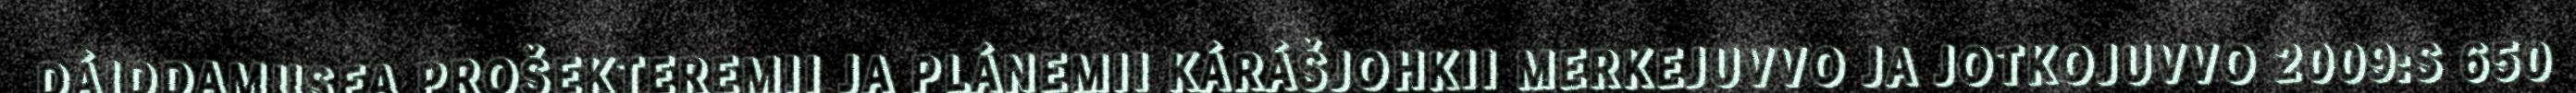
DÁIDDAMUSEA PROŠEKTEREMII JA PLÁNEMII KÁRÁŠJOHKII MERKEJUVVO JA JOTKOJUVVO 2009:S 650